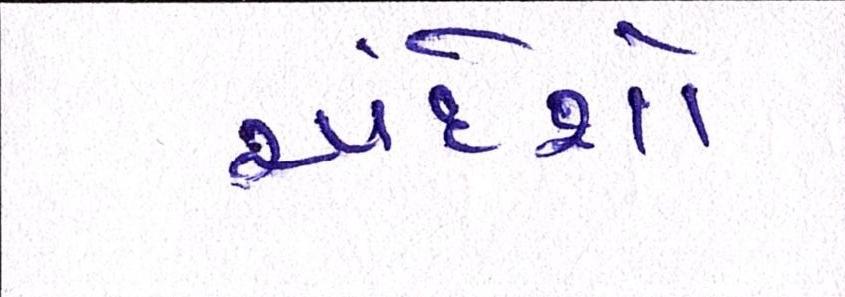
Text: અંદેશો